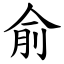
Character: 俞